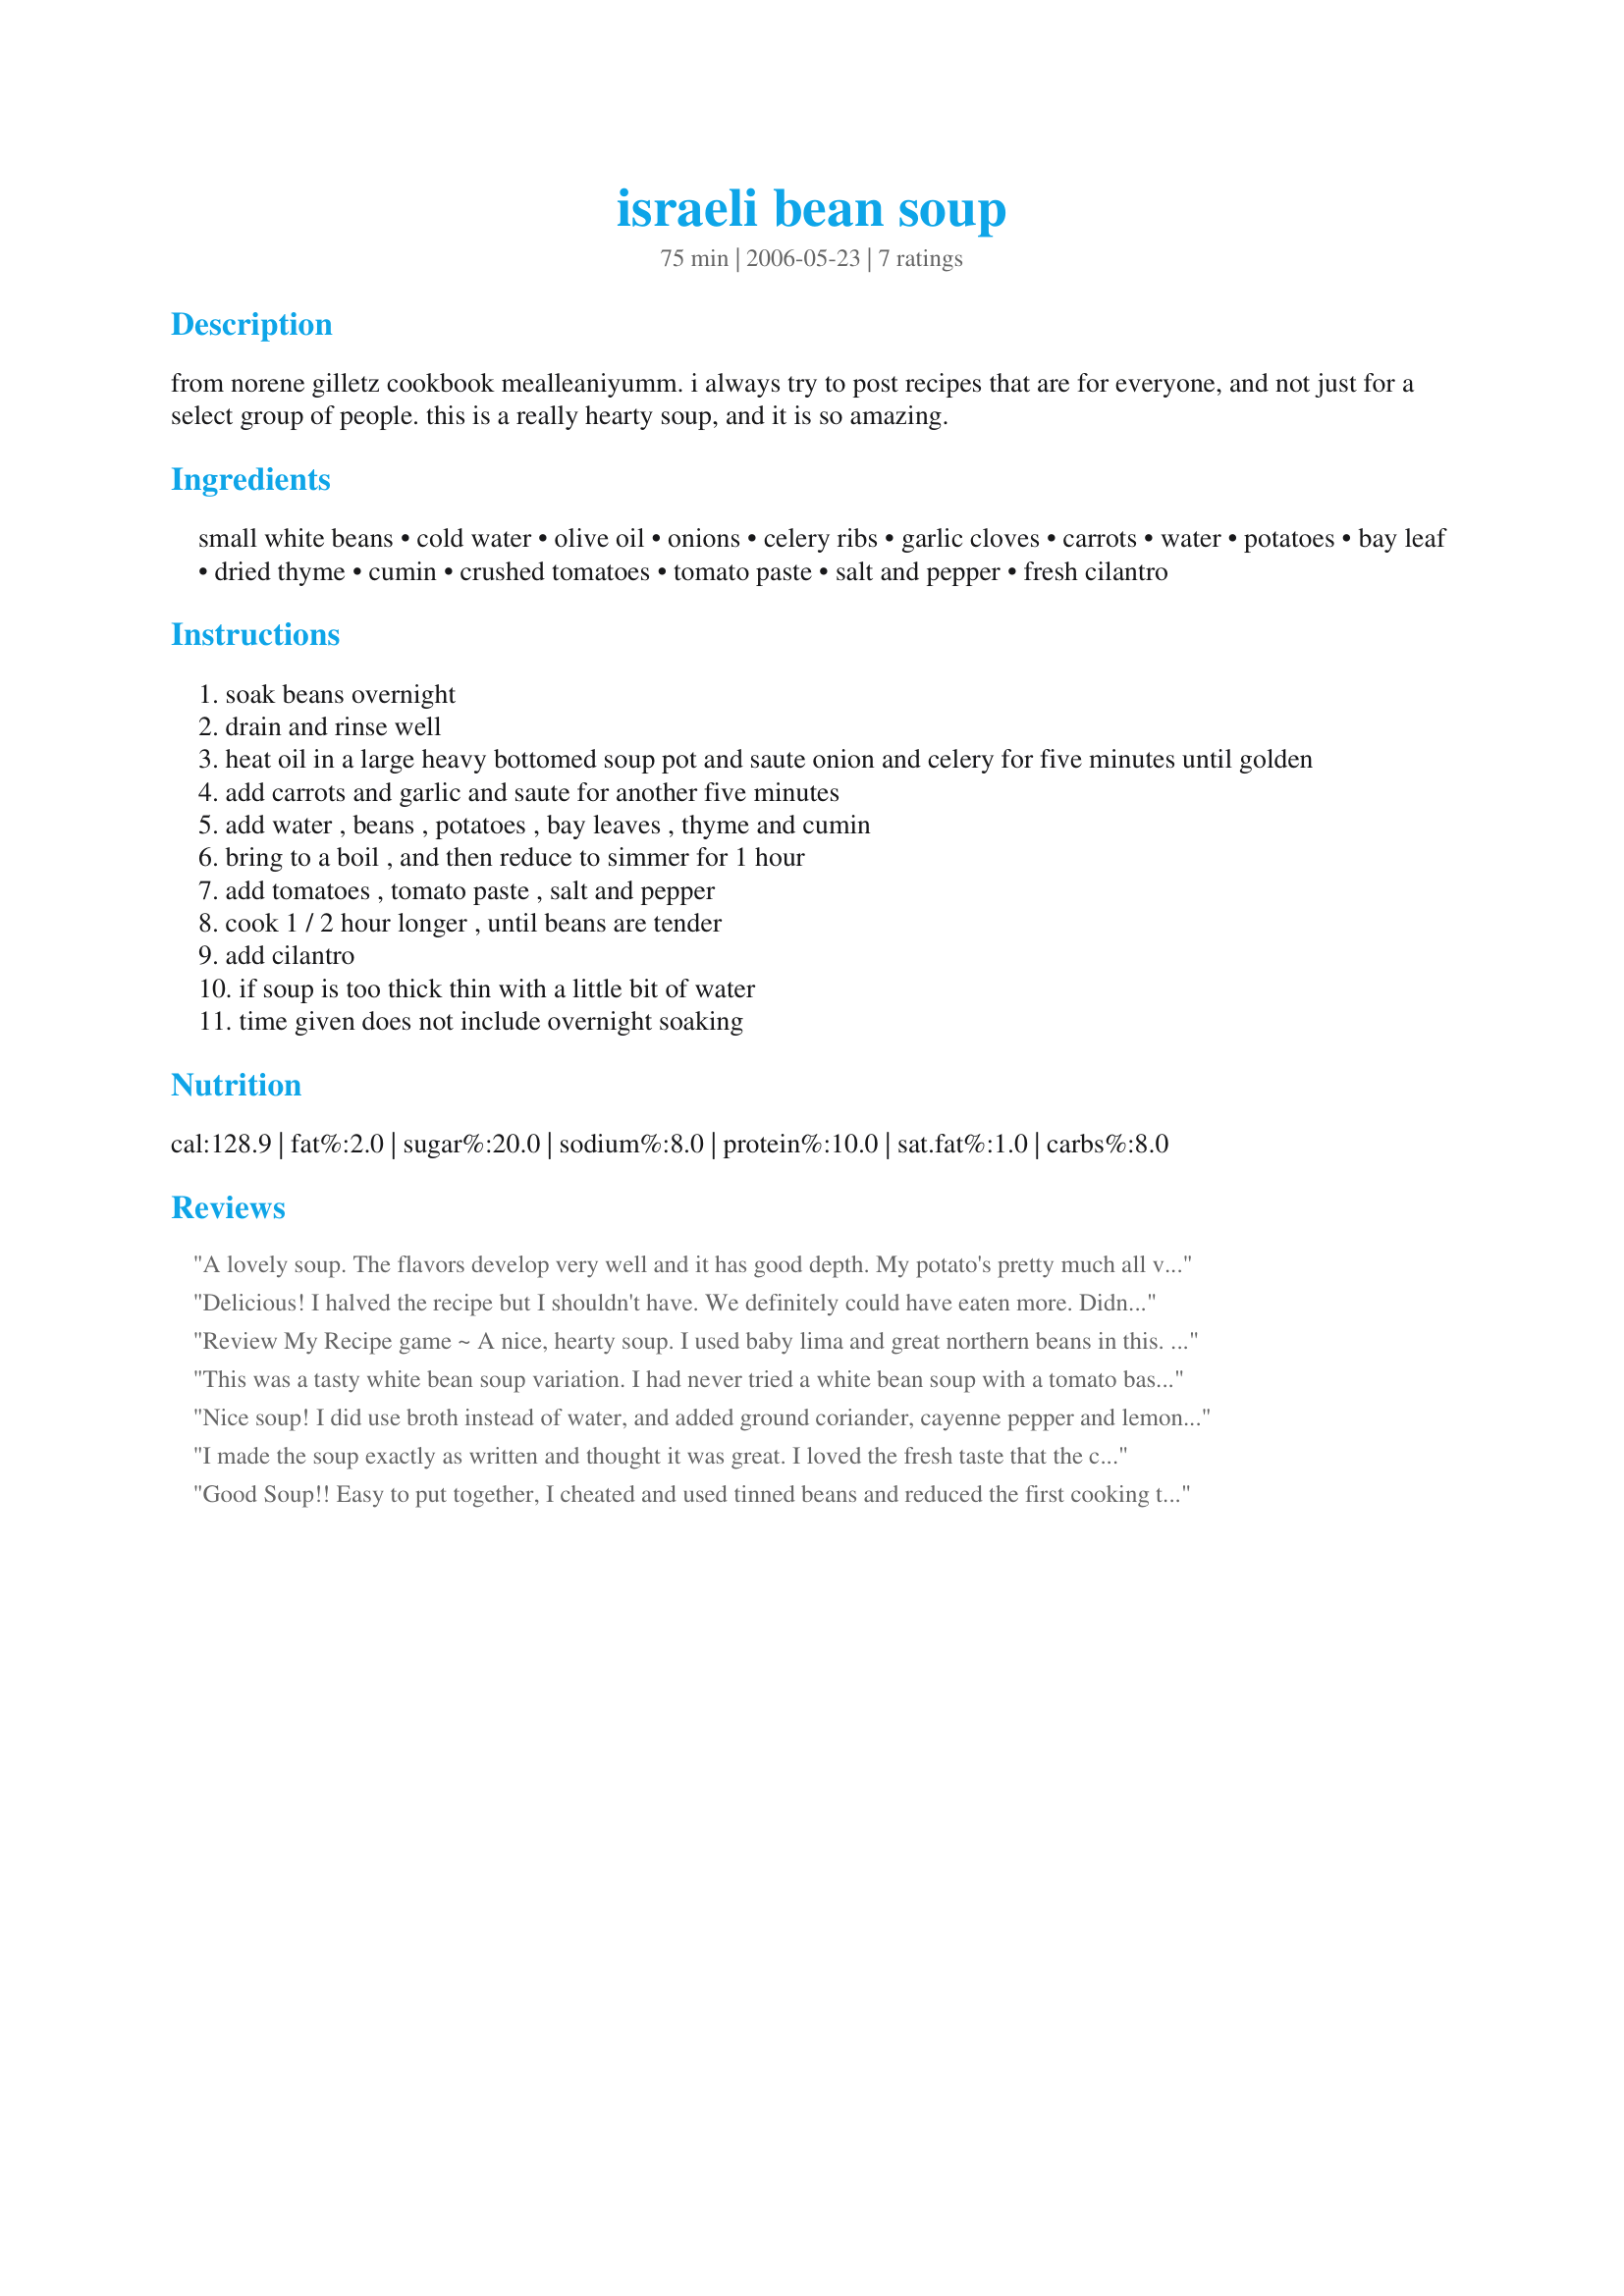
israeli bean soup
Preparation time: 75 minutes

from norene gilletz cookbook mealleaniyumm. i always try to post recipes that are for everyone, and not just for a select group of people. this is a really hearty soup, and it is so amazing.

Ingredients:
small white beans, cold water, olive oil, onions, celery ribs, garlic cloves, carrots, water, potatoes, bay leaf, dried thyme, cumin, crushed tomatoes, tomato paste, salt and pepper, fresh cilantro

Steps:
soak beans overnight
drain and rinse well
heat oil in a large heavy bottomed soup pot and saute onion and celery for five minutes until golden
add carrots and garlic and saute for another five minutes
add water , beans , potatoes , bay leaves , thyme and cumin
bring to a boil , and then reduce to simmer for 1 hour
add tomatoes , tomato paste , salt and pepper
cook 1 / 2 hour longer , until beans are tender
add cilantro
if soup is too thick thin with a little bit of water
time given does not include overnight soaking

Reviews:
A lovely soup. The flavors develop very well and it has good depth. My potato's pretty much all vanished into the soup to become thickening leaving me just some soft lumps. I found it hearty and filling DH said it needed ham!
Delicious! I halved the recipe but I shouldn't have. We definitely could have eaten more. Didn't have any cilantro, but it was still great! Thanks very much!
Review My Recipe game ~ A nice, hearty soup. I used baby lima and great northern beans in this. DH ate two bowls! Served with biscuits. I forgot to add the coriander at the end, but it was still good! Thanks Studentchef!
This was a tasty white bean soup variation. I had never tried a white bean soup with a tomato base and I liked it. :-) I left out the cilantro (didn't have any) and halved the recipe. I think next time I might add some more cumin and chunks of cooked chicken breast.
Nice soup! I did use broth instead of water, and added ground coriander, cayenne pepper and lemon juice to perk it up. I would definitely double or triple the beans and potatoes in this recipe if you want it to be a little heartier. Served 8 with bread as an entree.
I made the soup exactly as written and thought it was great. I loved the fresh taste that the cilantro added to it.
Good Soup!! Easy to put together, I cheated and used tinned beans and reduced the first cooking time to 20 mins, just to cook the potoatoes. Followed the rest of the recipe exactly and had excellent results. I was keen to see how it would turn out as thyme and cumin are two flavours I have never used together, but it was wonderfully different. I kept some of this to one side and blended the rest (DH takes it to work in a flask) it gave it a very homely comforting feel to it...very filling is what DH said! Thank you studentchef!
